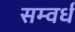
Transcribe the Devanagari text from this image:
सम्वर्ध